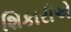
શિકારીએ